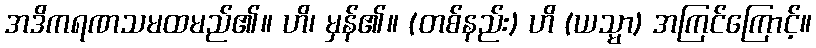
အဒိကရဏသမထမည်၏။ ဟိ၊ မှန်၏။ (တစ်နည်း) ဟိ (ယသ္မာ) အကြင်ကြောင့်။